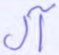
آل